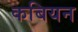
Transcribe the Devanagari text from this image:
कबियन